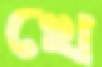
খে